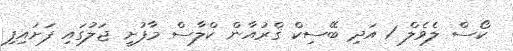
ކޯސް ލެވެލް 1 އަދި ބޭސިކް ޤްރުއާން ކްލާސް މާފުށީ ޖަލުގައި ފަށައިފި